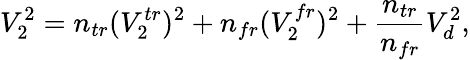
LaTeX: V_{2}^{2}=n_{tr}(V_{2}^{tr})^{2}+n_{fr}(V_{2}^{fr})^{2}+\frac{n_{tr}}{n_{fr}}V_{d}^{2},